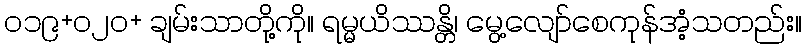
၀၁၉+၀၂၀+ ချမ်းသာတို့ကို။ ရမ္မယိဿန္တိ၊ မွေ့လျော်စေကုန်အံ့သတည်း။